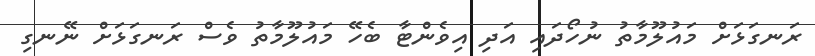
ރަނގަޅަށް މައުލޫމާތު ނުހޯދައި އަދި އިވެންޓާ ބެހޭ މައުލޫމާތު ވެސް ރަނގަޅަށް ނޭނގި